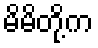
မိမိတို့က